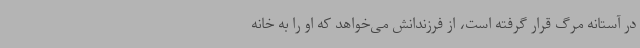
در آستانه مرگ قرار گرفته‌ است، از فرزندانش می‌خواهد که او را به خانه